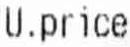
U.PRICE